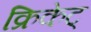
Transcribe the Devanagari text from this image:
क्रिकेट्